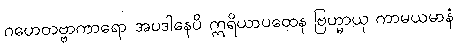
ဂဟေတဗ္ဗာကာရော အပဒါနေပိ ဣရိယာပထေန ဗြဟ္မာယု ကာမယမာနံ